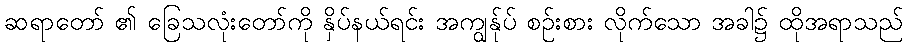
ဆရာတော် ၏ ခြေသလုံးတော်ကို နှိပ်နယ်ရင်း အကျွန်ုပ် စဉ်းစား လိုက်သော အခါ၌ ထိုအရာသည်